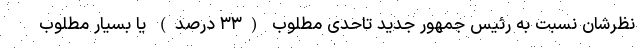
نظرشان نسبت به رئیس جمهور جدید تاحدی مطلوب (۳۳ درصد) یا بسیار مطلوب